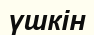
үшкін